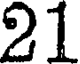
21